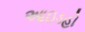
આઇડહો